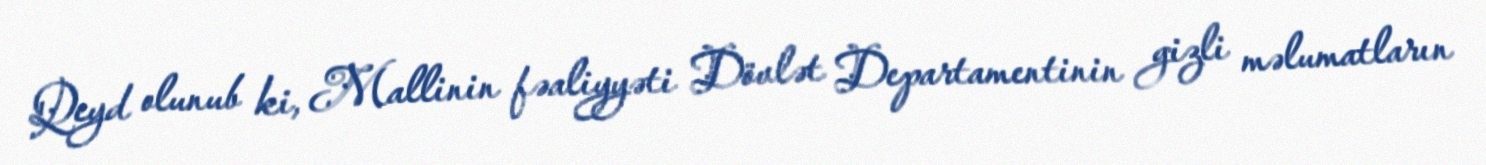
Qeyd olunub ki, Mallinin fəaliyyəti Dövlət Departamentinin gizli məlumatların